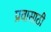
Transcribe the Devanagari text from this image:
प्रवासाठी